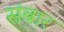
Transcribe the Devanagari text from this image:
संबार